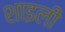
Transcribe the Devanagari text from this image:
शाइली